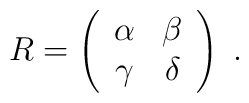
R=\left(\begin{array}{cc}\alpha & \beta  \\\gamma & \delta \\\end{array}\right)\; .